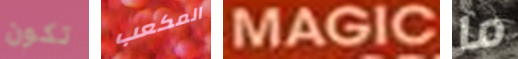
تكون المكعب MAGIC ما